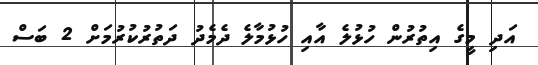
އަދި މީގެ އިތުރުން ހުޅުލެ އާއި ހުޅުމާލެ ދެމެދު ދަތުރުކުރުމަށް 2 ބަސް